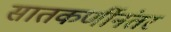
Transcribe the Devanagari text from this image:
सातकर्णीनंतर